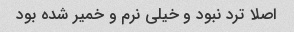
اصلا ترد نبود و خیلی نرم و خمیر شده بود